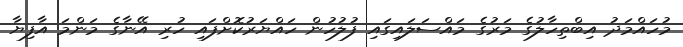
މުހައްމަދު އިބްތިހާލުގެ މަރުގެ މައްސަލައިގައި ފުލުހުން ހައްޔަރުކޮށްފައި ހުރި އޭނާގެ މަންމަ އާފިޔާ